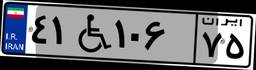
۴۱W۱۰۶۷۵